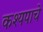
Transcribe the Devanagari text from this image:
कश्यपाचे